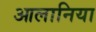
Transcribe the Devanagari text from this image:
आलानिया